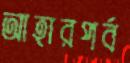
আহারপর্ব